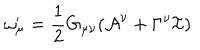
\omega _ { \mu } ^ { \prime } = \frac { 1 } { 2 } G _ { \mu \nu } ( \mathcal { A } ^ { \nu } + \Gamma ^ { \nu } \mathcal { I } )